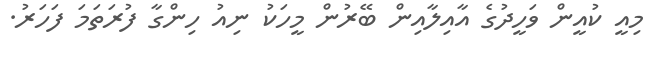
މިއީ ކުއީން ވަހީދުގެ އާއިލާއިން ބޭރުން މީހަކު ނިއު ހިންގާ ފުރަތަމަ ފަހަރު.